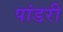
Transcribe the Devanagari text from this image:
पांडरी